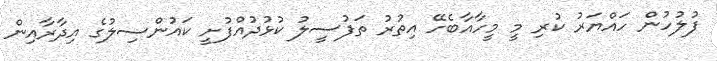
ފުލުހުން ހައްޔަރު ކުރި މީ މީހާއާބެހޭ އިތުރު ތަފުސީލު ކުޅުދުއްފުށީ ކައުންސިލުގެ އިދާރާއިން